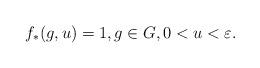
LaTeX: \begin{align*}f_*(g,u)=1, g \in G, 0<u<\varepsilon.\end{align*}